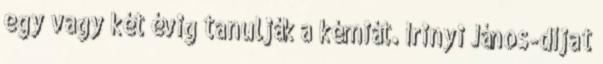
egy vagy két évig tanulják a kémiát. Irinyi János-díjat